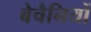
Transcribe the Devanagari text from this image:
बेचैनियों